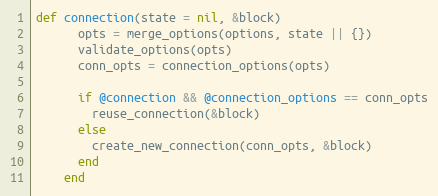
Language: Ruby
def connection(state = nil, &block)
      opts = merge_options(options, state || {})
      validate_options(opts)
      conn_opts = connection_options(opts)

      if @connection && @connection_options == conn_opts
        reuse_connection(&block)
      else
        create_new_connection(conn_opts, &block)
      end
    end